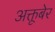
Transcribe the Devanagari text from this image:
अक्तूबेर